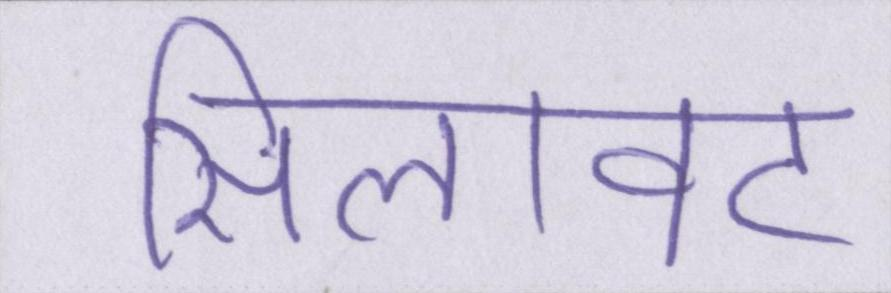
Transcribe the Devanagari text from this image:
सिलावट